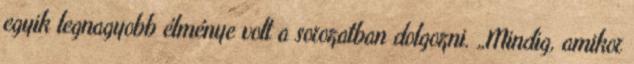
egyik legnagyobb élménye volt a sorozatban dolgozni. „Mindig, amikor